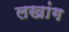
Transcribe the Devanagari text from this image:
लखांग